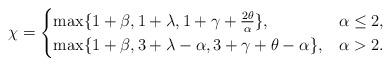
LaTeX: \begin{align*}\chi =\begin{cases}\max\{1+\beta, 1+\lambda, 1+ \gamma+ \frac{2\theta}{\alpha} \}, & \alpha \leq 2 , \\\max\{1+\beta, 3+\lambda-\alpha, 3+\gamma+\theta-\alpha\}, & \alpha > 2 .\end{cases}\end{align*}